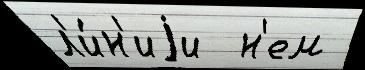
л'и́н'иjи  н'ем